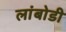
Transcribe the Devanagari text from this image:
लांबोडी